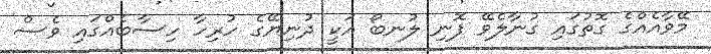
މޭވާއެއްގެ ގޮތުގައި ގުނާލެވޭ ފޮނި ލުނބޯ އަކީ ދުނިޔޭގެ ހުރިހާ ހިސާބެއްގައި ވެސް